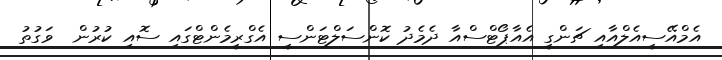
އެމްއޭސީއެލްއާއި ޗަންގީ އެއާޕޯޓްސްއާ ދެމެދު ކޮންސަލްޓަންސީ އެގްރީމެންޓްގައި ސޮއި ކުރުން  ވަގުތު